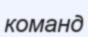
команд